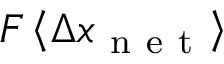
F \left\langle \Delta x _ { \mathrm { ~ n ~ e ~ t ~ } } \right\rangle